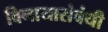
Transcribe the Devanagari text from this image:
विनायासंबंधी